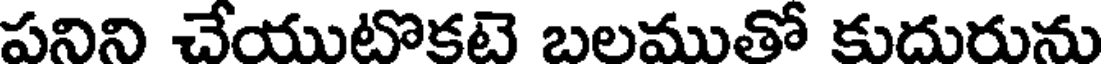
పనిని చేయుటొకటె బలముతో కుదురును